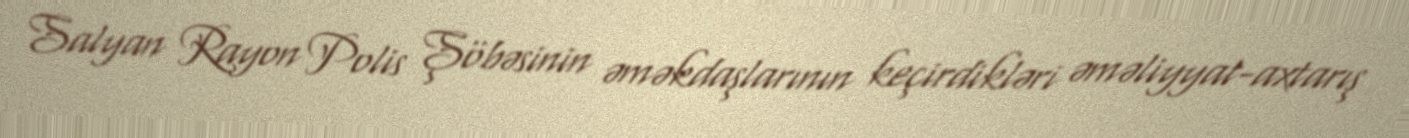
Salyan Rayon Polis Şöbəsinin əməkdaşlarının keçirdikləri əməliyyat-axtarış